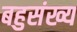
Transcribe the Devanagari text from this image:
बहुसंख्‍य